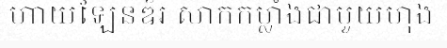
ហាយឡែនឌ័រ សាកកម្លាំងជាមួយហុង